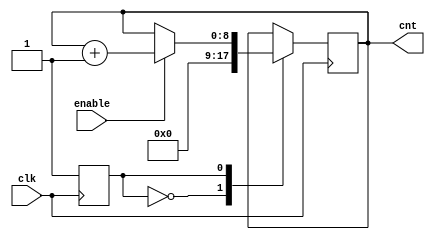
module counter(enable,clk,cnt);
//simple counter for address tracking

input clk;
input enable;
output[8:0] cnt;

parameter initial_state=1'b0;
parameter start_state=1'b1;

	
reg[8:0] cnt;
reg STATE;
initial begin
	cnt<=9'b000000000;
	STATE<=1'b0;
end

// to initlize cnt value the first cycle and -1 cycle both be 0

always@(posedge clk) begin
	case(STATE)
		initial_state: begin
			cnt<=9'b000000000;
			STATE<=start_state;
		end
		start_state: begin
			if(enable==1'b1) begin
				cnt<=cnt+1'b1;
			end
		end
	endcase
end

endmodule